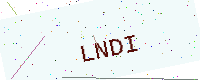
Text: LNDI